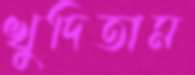
খুদিতাম